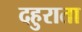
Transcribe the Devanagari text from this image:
दहुराता